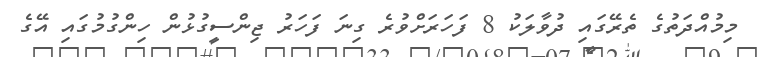
މިމުއްދަތުގެ ތެރޭގައި ދުވާލަކު 8 ފަހަރަށްވުރެ ގިނަ ފަހަރު ޖިންސީގުޅުން ހިންގުމުގައި އޭގެ